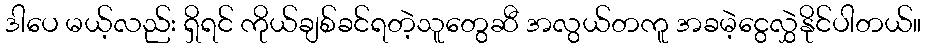
ဒါပေ မယ့်လည်း ရှိရင် ကိုယ်ချစ်ခင်ရတဲ့သူတွေဆီ အလွယ်တကူ အခမဲ့ငွေလွှဲနိုင်ပါတယ်။